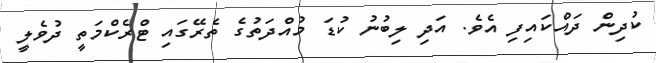
ކުދިން ދައްކައިފި އެވެ. އަދި ލިބުނު ކުޑަ މުއްދަތުގެ ތެރޭގައި ޓްރެކްމަތީ ދުވެލީ